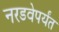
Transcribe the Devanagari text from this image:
नरडवेपर्यंत